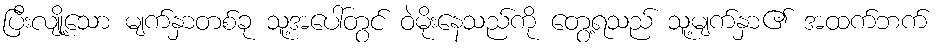
ပြီးလျို့သော မျက်နှာတစ်ခု သူ့အပေါ်တွင် ဝဲမိုးနေသည်ကို တွေ့ရသည် သူ့မျက်နှာ၏ အထက်ဘက်